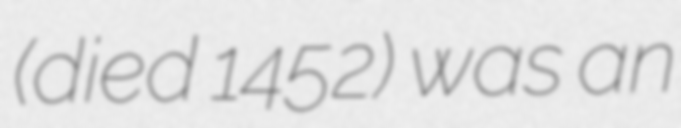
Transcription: (died 1452) was an